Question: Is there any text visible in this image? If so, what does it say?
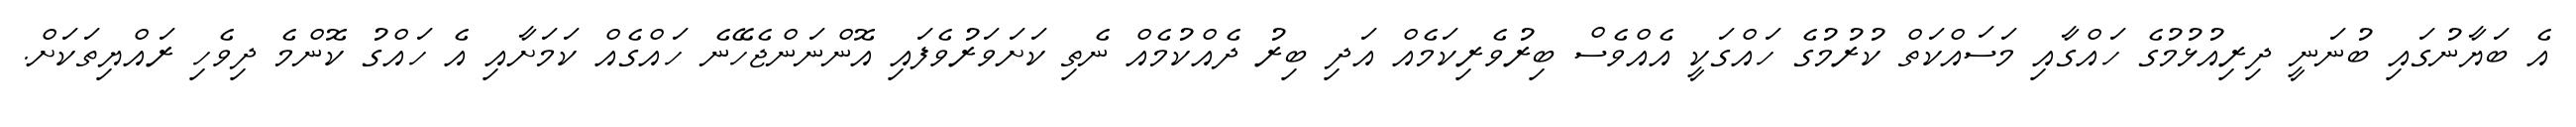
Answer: އެ ބަޔާނުގައި ބުނަނީ ދިރިއުޅުމުގެ ހައްގާއި މަސައްކަތް ކުރުމުގެ ހައްގަކީ އެއްވެސް ބިރުވެރިކަމެއް އަދި ބިރު ދެއްކުމެއް ނެތި ކަށަވަރުވެފައި އޮންނަންޖެހޭނެ ހައްގެއް ކަމަށާއި އެ ހައްގު ކޮންމެ ދިވެހި ރައްޔިތަކަށް.